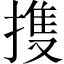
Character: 㨦